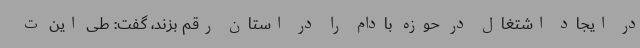
در ایجاد اشتغال در حوزه بادام را در استان رقم بزند، گفت: طی این ت